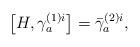
LaTeX: \begin{align*}\left[ H,\gamma _{a}^{(1)i}\right] =\bar{\gamma}_{a}^{(2)i}, \end{align*}